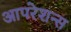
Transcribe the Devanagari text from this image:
आपरेशन्स